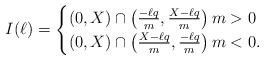
\begin{align*}I(\ell)=\begin{cases}(0,X)\cap\left(\frac{-\ell q }{m},\frac{X-\ell q}{m}\right)m>0\\ (0,X)\cap\left(\frac{X-\ell q}{m},\frac{-\ell q}{m}\right)m<0.\end{cases}\end{align*}